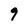
Character: 9